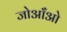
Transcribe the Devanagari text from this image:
जोआँओ